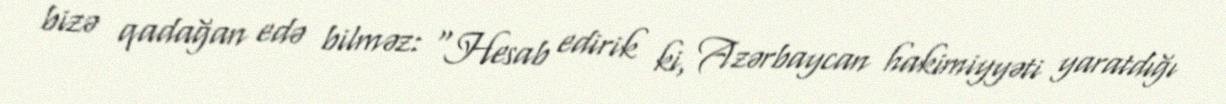
bizə qadağan edə bilməz: “Hesab edirik ki, Azərbaycan hakimiyyəti yaratdığı